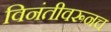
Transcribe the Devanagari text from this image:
विनंतीवरूनच